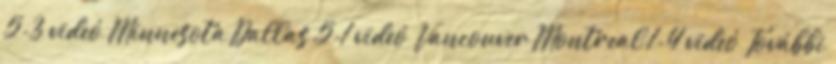
5-3 videó Minnesota–Dallas 5-1 videó Vancouver–Montreal 1-4 videó További